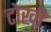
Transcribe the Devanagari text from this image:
टोखी